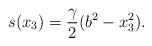
LaTeX: \begin{align*} s(x_3) = \frac{\gamma}{2 }(b^2 - x_3^2).\end{align*}